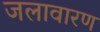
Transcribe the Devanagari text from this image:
जलावारण